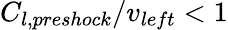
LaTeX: C_{l,preshock}/v_{left}<1